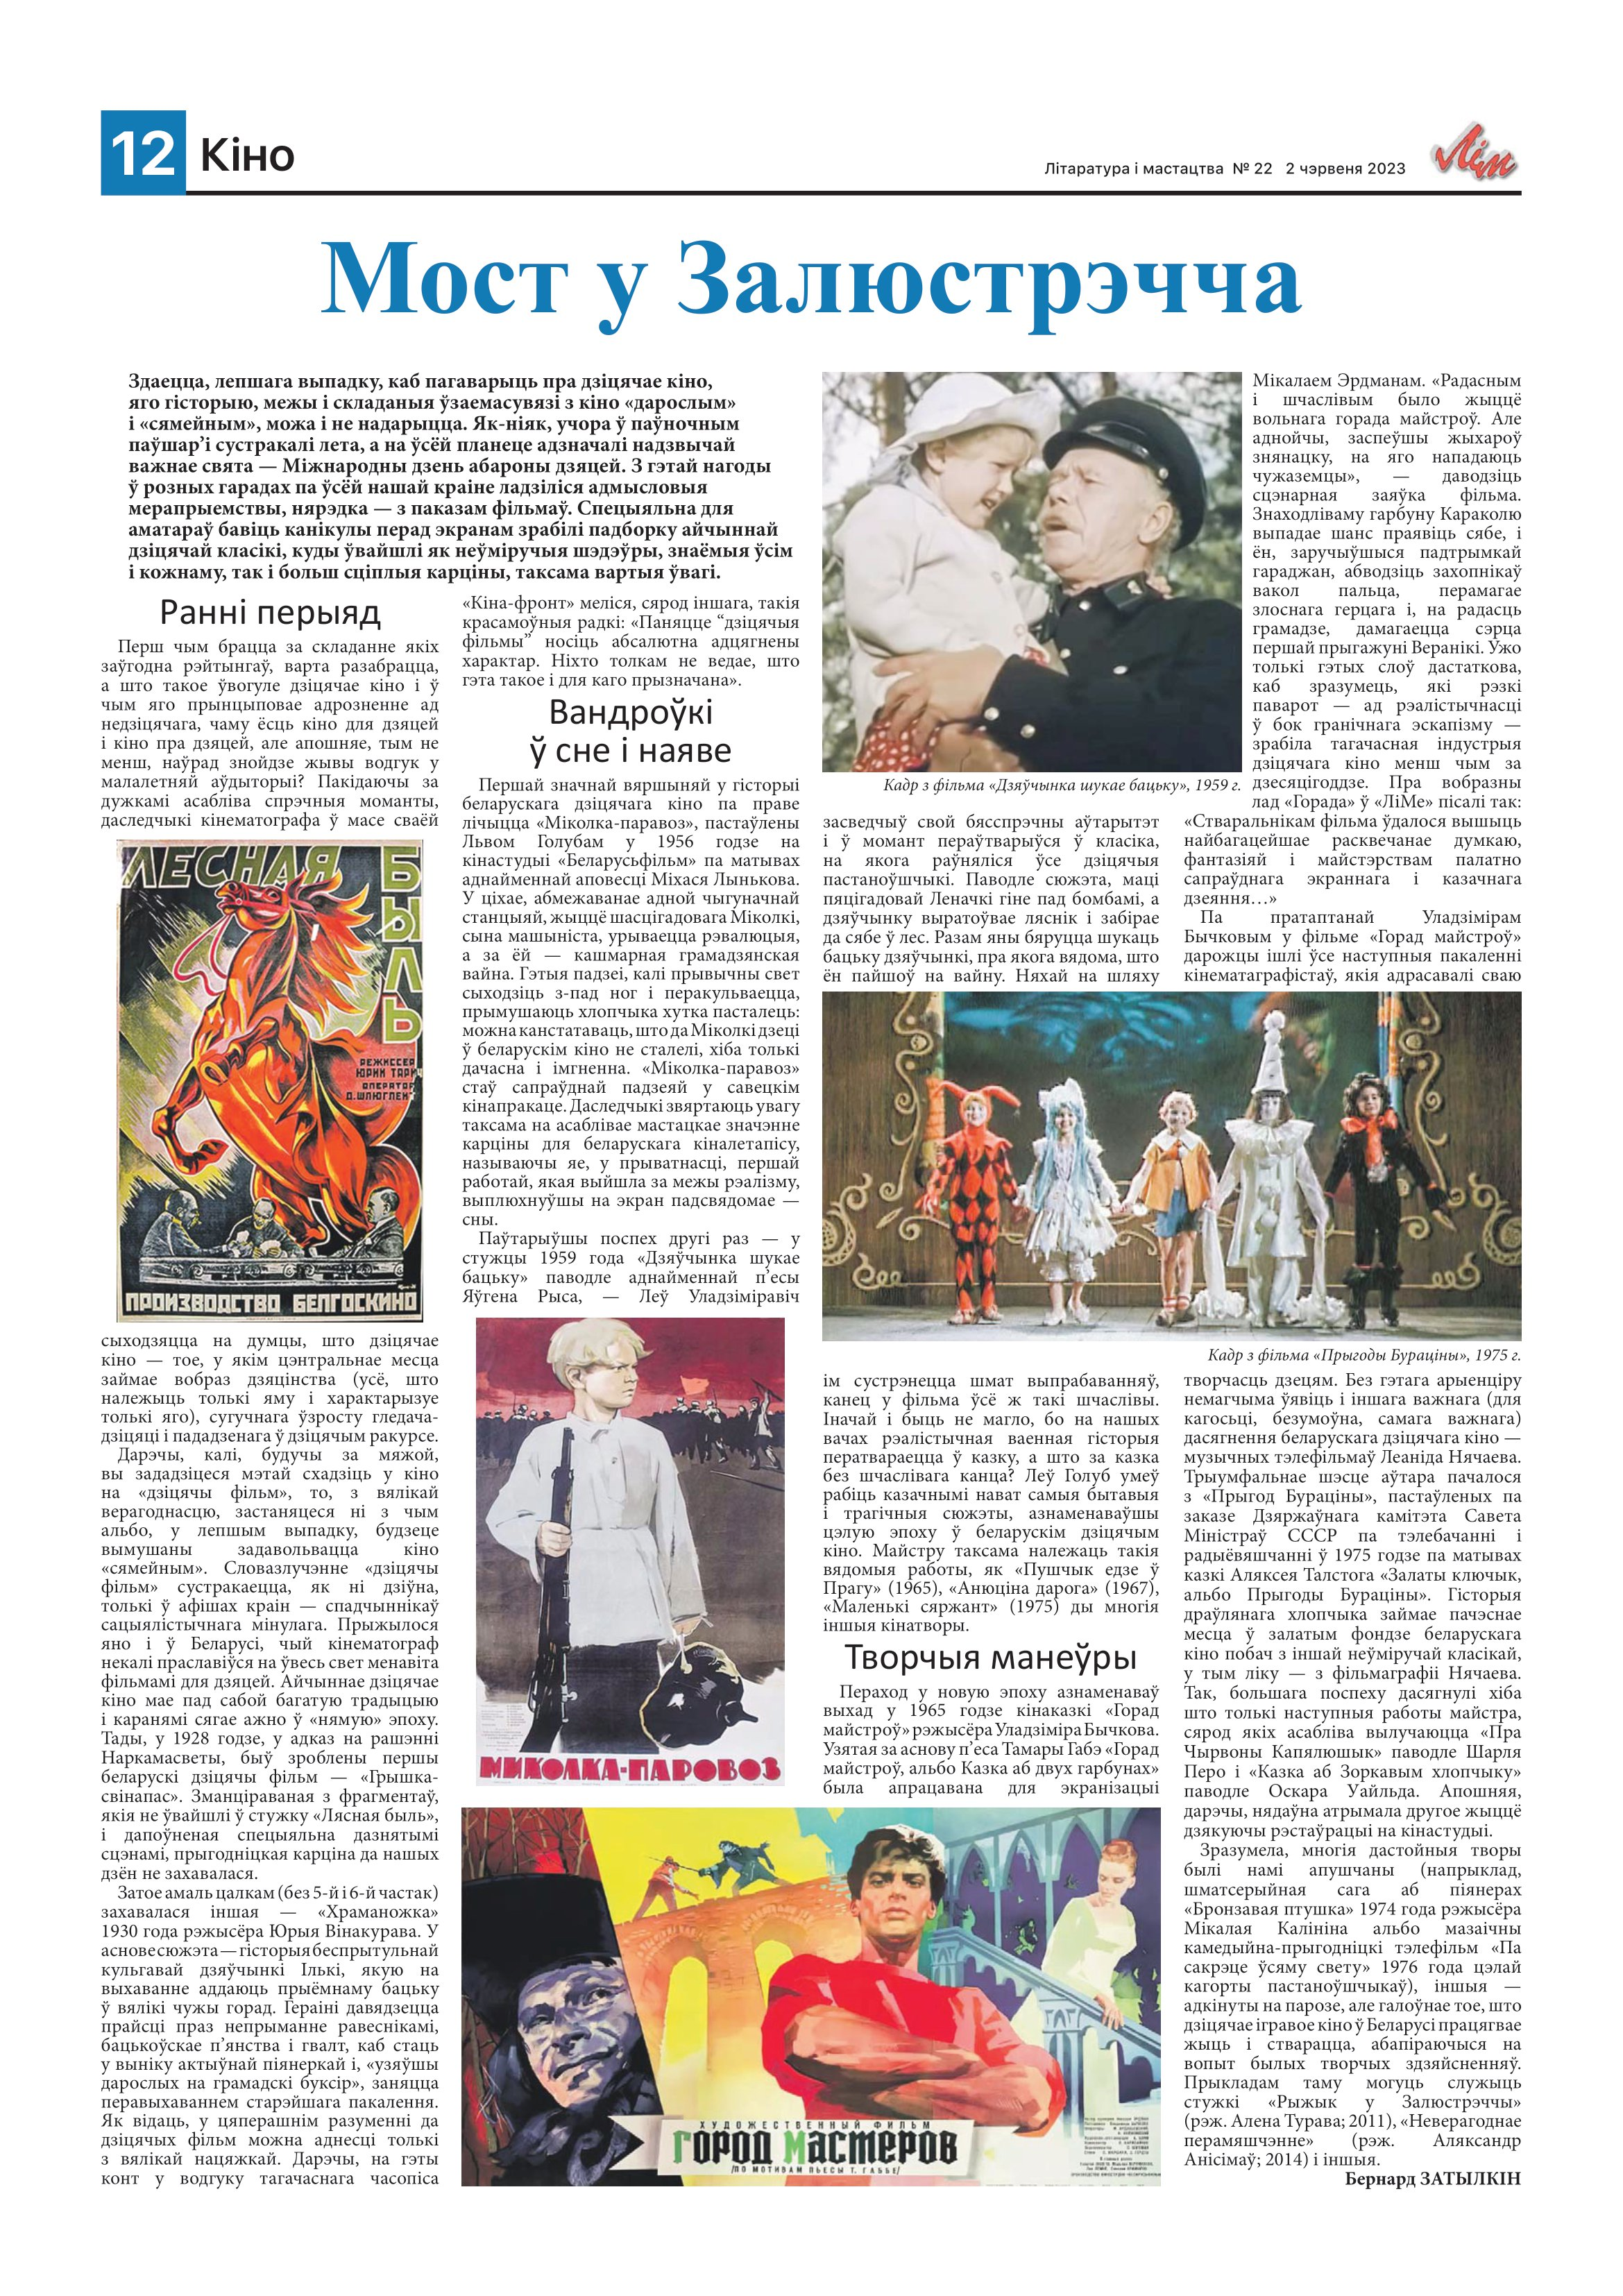
Language: be